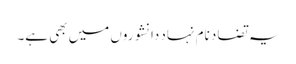
یہ تضاد نام نہاد دانشوروں میں بھی ہے۔